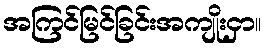
အကြင်မြင်ခြင်းအကျိုးငှာ။